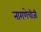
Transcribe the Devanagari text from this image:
नागणेचीजी